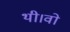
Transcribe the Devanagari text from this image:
थी।वो